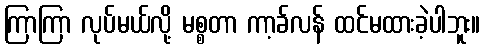
ကြာကြာ လုပ်မယ်လို့ မစ္စတာ ကာ့ခ်လန် ထင်မထားခဲ့ပါဘူး။